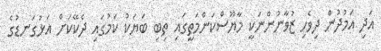
އަދި އަމުދުން ދިވެހި ޒުވާނުންނަކީ މާޔޫސްކަންމަތީގައި ތިބި ބަޔަކު ކަމުގައި ދެކޭކަށް އަޅުގަނޑުގެ